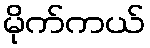
မိုက်ကယ်